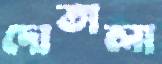
দোতালা